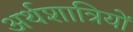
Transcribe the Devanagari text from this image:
अर्थशात्रियों